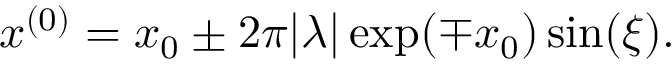
\begin{array} { r } { x ^ { ( 0 ) } = x _ { 0 } \pm 2 \pi | \lambda | \exp ( \mp x _ { 0 } ) \sin ( \xi ) . } \end{array}